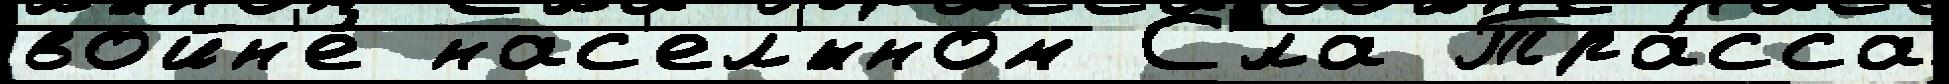
войн'е́ нас'ел'́нном С'́ла Тра́сса